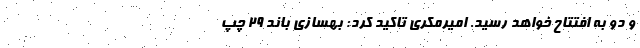
و دو به افتتاح خواهد رسید. امیرمکری تاکید کرد: بهسازی باند 29 چپ